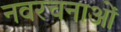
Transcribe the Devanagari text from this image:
नवरचनाओं